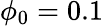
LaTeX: \phi_{0}=0.1